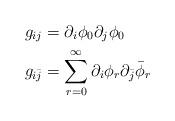
LaTeX: \begin{align*} g_{ij}&=\partial_i \phi_0 \partial_j \phi_0 \\g_{i\bar{j}}&=\sum_{r=0}^{\infty} \partial_i \phi_r \partial_{\bar{j}} \bar{\phi}_r\end{align*}